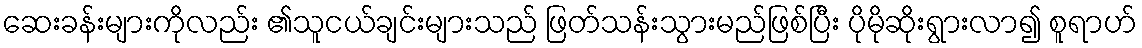
ဆေးခန်းများကိုလည်း ၏သူငယ်ချင်းများသည် ဖြတ်သန်းသွားမည်ဖြစ်ပြီး ပိုမိုဆိုးရွားလာ၍ စူရာဟ်